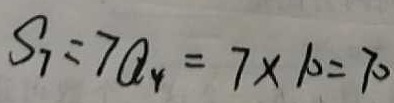
S _ { 7 } = 7 a _ { 4 } = 7 \times 1 0 = 7 0